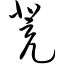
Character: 凳